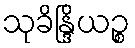
သုခိန္ဒြိယဉ္စ